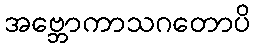
အဗ္ဘောကာသဂတောပိ